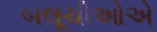
બલૂચીઓએ